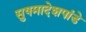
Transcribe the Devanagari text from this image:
सुषमादेशपांडे